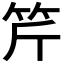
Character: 𥬊